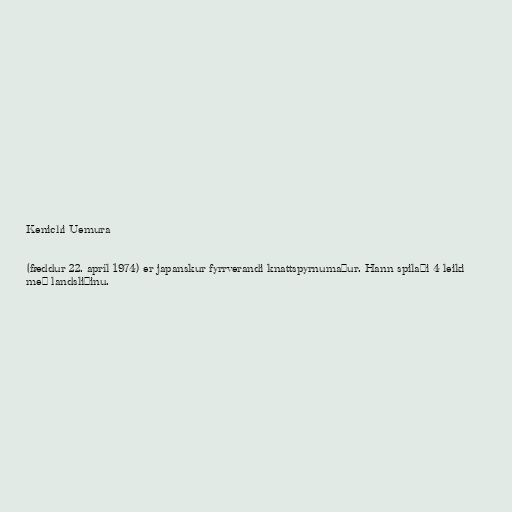
Kenichi Uemura

(fæddur 22. apríl 1974) er japanskur fyrrverandi knattspyrnumaður. Hann spilaði 4 leiki
með landsliðinu.